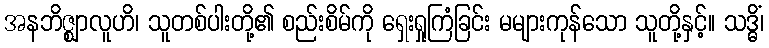
အနဘိဇ္ဈာလူဟိ၊ သူတစ်ပါးတို့၏ စည်းစိမ်ကို ရှေးရှုကြံခြင်း မများကုန်သော သူတို့နှင့်။ သဒ္ဓိံ၊